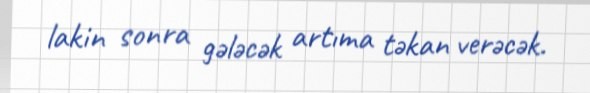
lakin sonra gələcək artıma təkan verəcək.